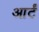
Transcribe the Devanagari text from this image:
आर्टं